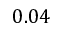
0 . 0 4